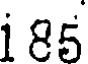
i 85